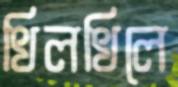
খিলখিলে